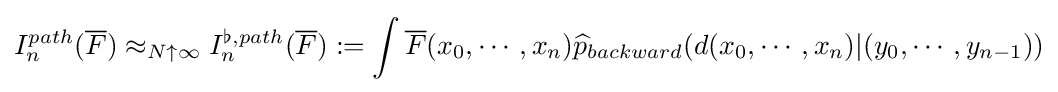
I_{n}^{path}({\overline {F}})\approx _{N\uparrow \infty }I_{n}^{\flat ,path}({\overline {F}}):=\int {\overline {F}}(x_{0},\cdots ,x_{n}){\widehat {p}}_{backward}(d(x_{0},\cdots ,x_{n})|(y_{0},\cdots ,y_{n-1}))